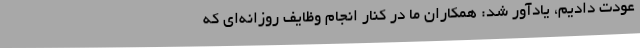
عودت دادیم، یادآور شد: همکاران ما در کنار انجام وظایف روزانه‌ای که